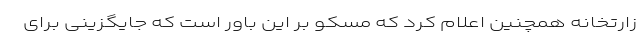
زارتخانه همچنین اعلام کرد که مسکو بر این باور است که جایگزینی برای